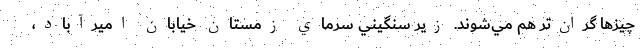
چيزها گران‌تر هم مي‌شوند. زير سنگيني سرماي زمستان خيابان اميرآباد،